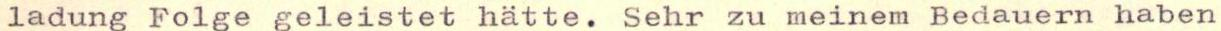
ladung Folge geleistet hätte. Sehr zu meinem Bedauern haben